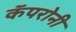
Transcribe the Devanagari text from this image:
कॅपरोनी